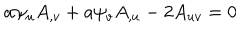
a \psi _ { u } A _ { , v } + a \psi _ { v } A _ { , u } - 2 A _ { u v } = 0